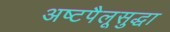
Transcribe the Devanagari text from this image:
अष्टपैलूसुद्धा